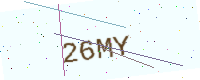
Text: 26MY